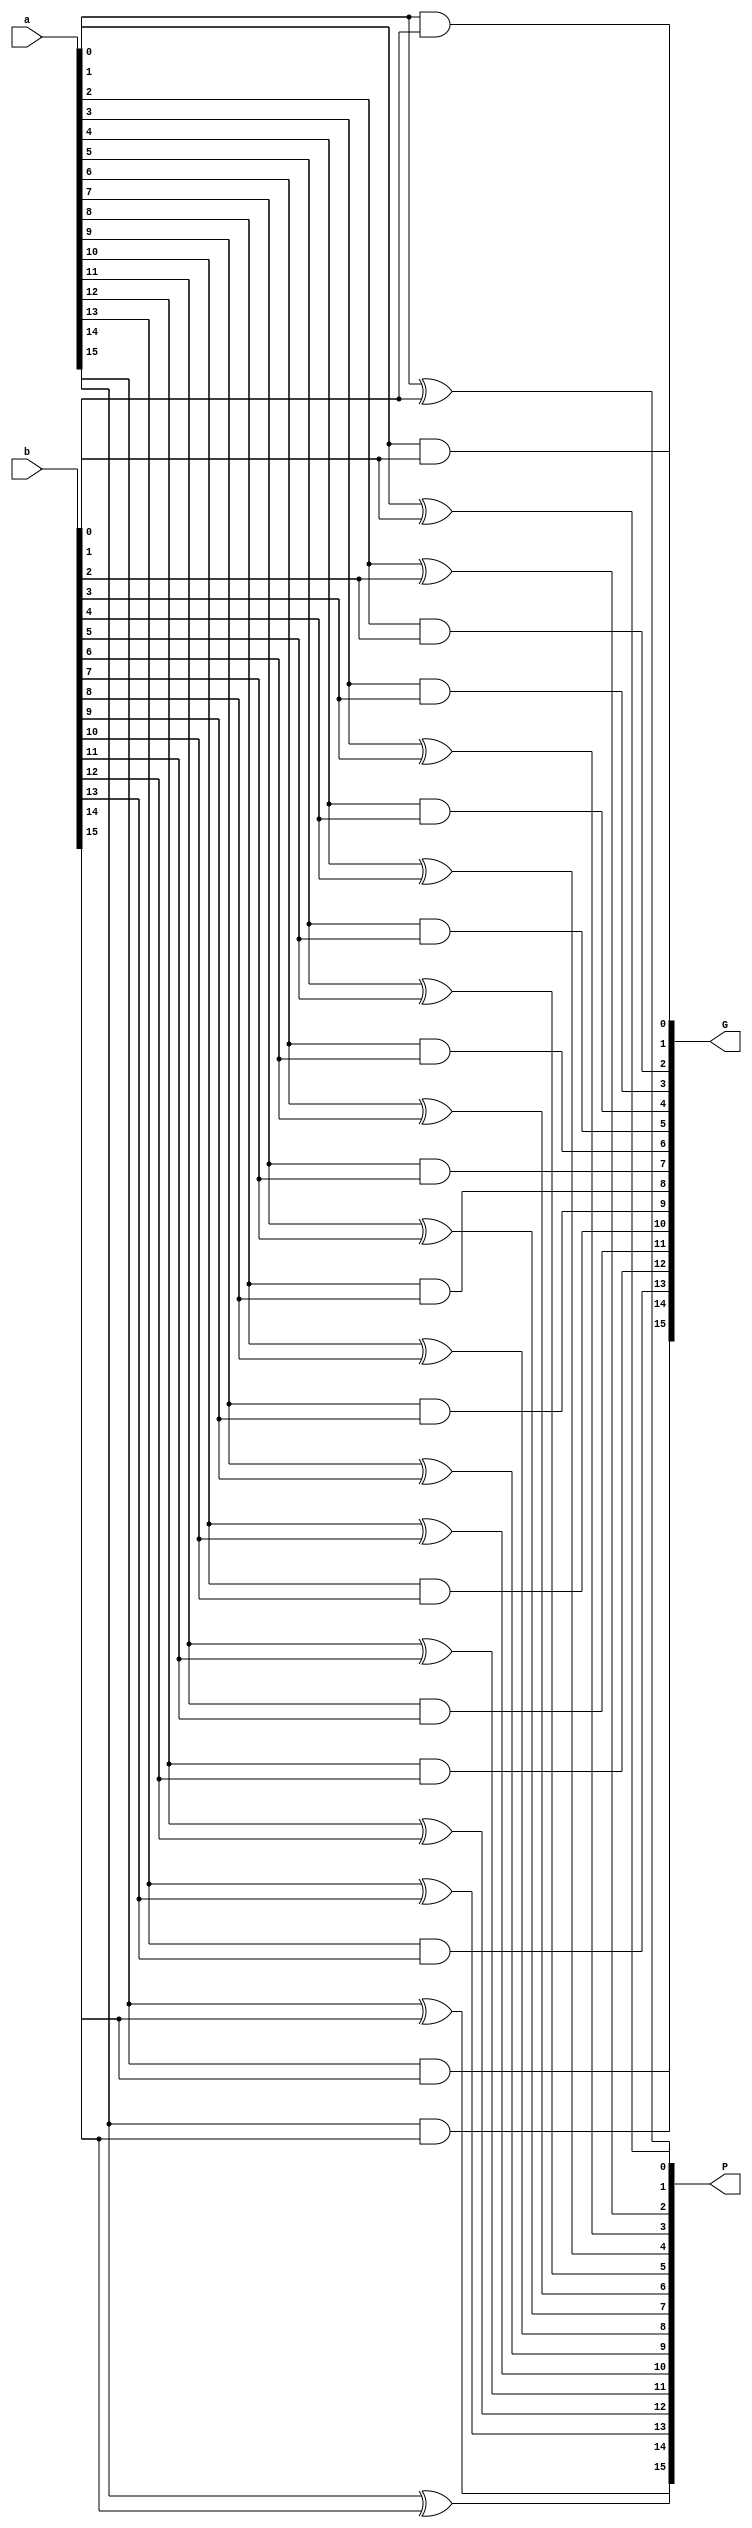


module Layer1(P, G, a, b);

input [15:0] a, b;
output [15:0] P, G;

xor xor_0(P[0], a[0], b[0]);
xor xor_1(P[1], a[1], b[1]);
xor xor_2(P[2], a[2], b[2]);
xor xor_3(P[3], a[3], b[3]);
xor xor_4(P[4], a[4], b[4]);
xor xor_5(P[5], a[5], b[5]);
xor xor_6(P[6], a[6], b[6]);
xor xor_7(P[7], a[7], b[7]);
xor xor_8(P[8], a[8], b[8]);
xor xor_9(P[9], a[9], b[9]);
xor xor_10(P[10], a[10], b[10]);
xor xor_11(P[11], a[11], b[11]);
xor xor_12(P[12], a[12], b[12]);
xor xor_13(P[13], a[13], b[13]);
xor xor_14(P[14], a[14], b[14]);
xor xor_15(P[15], a[15], b[15]);

and and_0(G[0], a[0], b[0]);
and and_1(G[1], a[1], b[1]);
and and_2(G[2], a[2], b[2]);
and and_3(G[3], a[3], b[3]);
and and_4(G[4], a[4], b[4]);
and and_5(G[5], a[5], b[5]);
and and_6(G[6], a[6], b[6]);
and and_7(G[7], a[7], b[7]);
and and_8(G[8], a[8], b[8]);
and and_9(G[9], a[9], b[9]);
and and_10(G[10], a[10], b[10]);
and and_11(G[11], a[11], b[11]);
and and_12(G[12], a[12], b[12]);
and and_13(G[13], a[13], b[13]);
and and_14(G[14], a[14], b[14]);
and and_15(G[15], a[15], b[15]);

endmodule